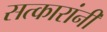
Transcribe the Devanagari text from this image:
सत्कारांनी